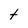
Character: t